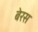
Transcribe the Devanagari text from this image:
बेरस